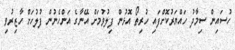
ހުސައިން ސިމާދު ހައްޔަރުކޮށްފައި ހުރިތޯ އޮޅުން ފިލުވުމަށް އޭނާގެ އަންހެނުން ފުލުހަށް ހާޒިރުވި